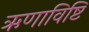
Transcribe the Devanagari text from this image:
ऋणाविष्टि